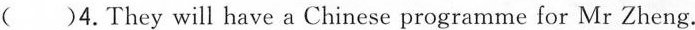
( )4.They will have a Chinese programme for Mr Zheng.